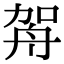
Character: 𦨦